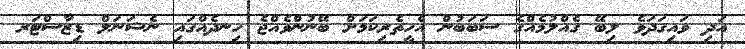
އަދި ވައިގަދަވެ ލިބޭ ގެއްލުމެއްގެ ސަބަބުން އެހީތެރިކަމަށް ބޭނުންވެއްޖެ ހިނދެއްގައި ނެޝަނަލް ޑިޒާސްޓަރ